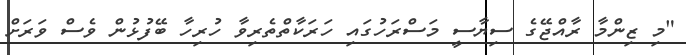
"މި ޒިންމާ ރާއްޖޭގެ ސިޔާސީ މަސްރަހުގައި ހަރަކާތްތެރިވާ ހުރިހާ ބޭފުޅުން ވެސް ވަރަށް